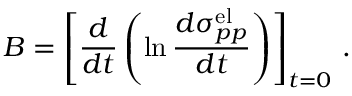
B = \left[ { \frac { d } { d t } } \left( \ln { \frac { d \sigma _ { p p } ^ { \mathrm { e l } } } { d t } } \right) \right] _ { t = 0 } \, .